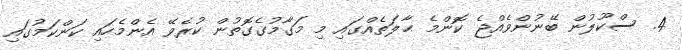
4. ސްކޫލުން ބޭނުންވެއްޖެ ކޮންމެ ޙާލަތެއްގައި މި މަގާމުގެގޮތުން ކުރެވޭ އެންމެހައި ކަންކަމުގައި